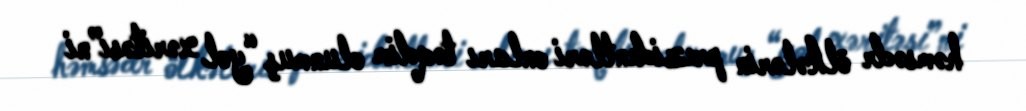
həmsədr ölkələrin prezidentləri onları təqdim olunmuş “yol xəritəsi”ni